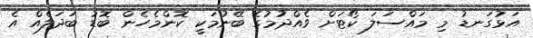
އަޅުގަނޑު މި މައްސަލަ ކޯޓަށް ވެއްދުމުގެ ބޭނުމަކީ ކޮންމެހެން ބޮޑު ބަދަލެއް އެ